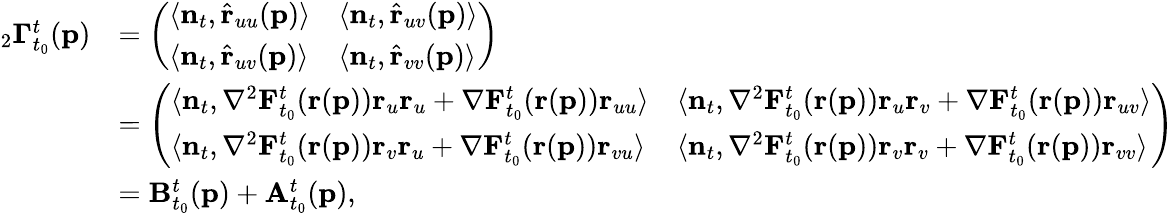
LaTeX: \begin{array}{rl}{_{2}\mathbf{\Gamma}_{t_{0}}^{t}(\mathbf{p})}&{=\left(\begin{array}{ll}{\langle\mathbf{n}_{t},\hat{\mathbf{r}}_{uu}(\mathbf{p})\rangle}&{\langle\mathbf{n}_{t},\hat{\mathbf{r}}_{uv}(\mathbf{p})\rangle}\\ {\langle\mathbf{n}_{t},\hat{\mathbf{r}}_{uv}(\mathbf{p})\rangle}&{\langle\mathbf{n}_{t},\hat{\mathbf{r}}_{vv}(\mathbf{p})\rangle}\end{array}\right)}\\ &{=\left(\begin{array}{ll}{\langle\mathbf{n}_{t},\mathbf{\nabla}^{2}\mathbf{F}_{t_{0}}^{t}(\mathbf{r}(\mathbf{p}))\mathbf{r}_{u}\mathbf{r}_{u}+\mathbf{\nabla}\mathbf{F}_{t_{0}}^{t}(\mathbf{r}(\mathbf{p}))\mathbf{r}_{uu}\rangle}&{\langle\mathbf{n}_{t},\mathbf{\nabla}^{2}\mathbf{F}_{t_{0}}^{t}(\mathbf{r}(\mathbf{p}))\mathbf{r}_{u}\mathbf{r}_{v}+\mathbf{\nabla}\mathbf{F}_{t_{0}}^{t}(\mathbf{r}(\mathbf{p}))\mathbf{r}_{uv}\rangle}\\ {\langle\mathbf{n}_{t},\mathbf{\nabla}^{2}\mathbf{F}_{t_{0}}^{t}(\mathbf{r}(\mathbf{p}))\mathbf{r}_{v}\mathbf{r}_{u}+\mathbf{\nabla}\mathbf{F}_{t_{0}}^{t}(\mathbf{r}(\mathbf{p}))\mathbf{r}_{vu}\rangle}&{\langle\mathbf{n}_{t},\mathbf{\nabla}^{2}\mathbf{F}_{t_{0}}^{t}(\mathbf{r}(\mathbf{p}))\mathbf{r}_{v}\mathbf{r}_{v}+\mathbf{\nabla}\mathbf{F}_{t_{0}}^{t}(\mathbf{r}(\mathbf{p}))\mathbf{r}_{vv}\rangle}\end{array}\right)}\\ &{=\mathbf{B}_{t_{0}}^{t}(\mathbf{p})+\mathbf{A}_{t_{0}}^{t}(\mathbf{p}),}\end{array}